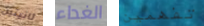
ثانيتين الغداء تفهمين